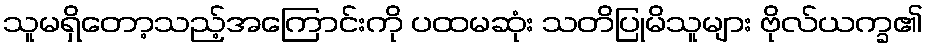
သူမရှိတော့သည့်အကြောင်းကို ပထမဆုံး သတိပြုမိသူများ ဗိုလ်ယက္ခ၏